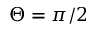
\Theta = \pi / 2